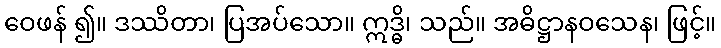
ဝေဖန် ၍။ ဒဿိတာ၊ ပြအပ်သော။ ဣဒ္ဓိ၊ သည်။ အဓိဋ္ဌာနဝသေန၊ ဖြင့်။